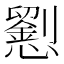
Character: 𢤐